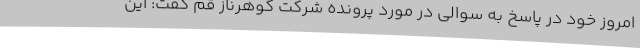
امروز خود در پاسخ به سوالی در مورد پرونده شرکت گوهرناز قم گفت: این